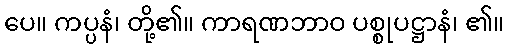
ပေ။ ကပ္ပနံ၊ တို့၏။ ကာရဏဘာဝ ပစ္စုပဋ္ဌာနံ၊ ၏။